Vaccine operations Central Provinces 1900-1911 - 1900-1911
Year: 1900
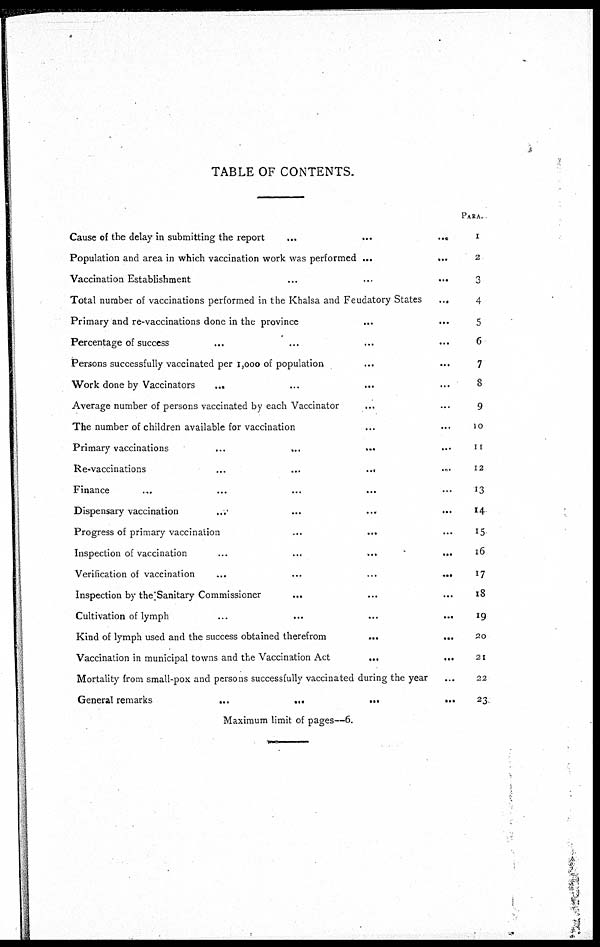
TABLE OF CONTENTS.
Cause of the delay in submitting the report
...
...
...
Population and area in which vaccination work was performed ...
...
Vaccination Establishment
...
...
...
Total number of vaccinations performed in the Khalsa and Feudatory States
...
Primary and re-vaccinations done in the province ... ...
Percentage of success ... ... ...
Persons successfully vaccinated per 1,000 of population ... ...
Work done by Vaccinators
... ... ...
Average number of persons vaccinated by each Vaccinator ... ...
The number of children available for vaccination ... ...
Primary vaccinations
...
...
...
...
Re-vaccinations
...
...
... ...
Finance
...
...
...
...
...
Dispensary vaccination ... ... ... ...
Progress of primary vaccination
...
... ...
Inspection of vaccination
...
...
...
... ...
Verification of vaccination
...
...
...
...
Inspection by the Sanitary Commissioner ... ... ...
Cultivation of lymph
...
...
...
...
Kind of lymph used and the success obtained therefrom
...
... ...
Vaccination in municipal towns and the Vaccination Act
...
... ...
Mortality from small-pox and persons successfully vaccinated during the year ...
General remarks
...
...
...
...
PARA.
1
2
3
4
5
6
7
8
9
10
11
12
13
14
15
16
17
18
19
20
21
22
23
Maximum limit of pages—6.